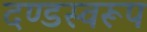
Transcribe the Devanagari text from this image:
दण्डस्वरूप